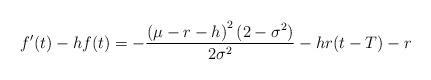
LaTeX: \begin{align*}f'(t)-hf(t)=-\frac{\left(\mu-r-h\right)^2(2-\sigma^2)}{2\sigma^2}-hr(t-T)-r\end{align*}